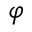
\varphi